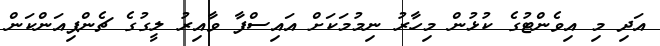
އަދި މި އިވެންޓުގެ ކުޅުން މިހާރު ނިމުމަކަށް އައިސްފާ ވާއިރު ލީގުގެ ޗެންޕިއަންކަން